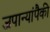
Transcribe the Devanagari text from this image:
जपान्यांपैकी